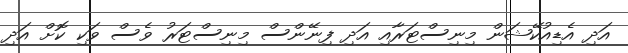
އަދި އެޑިއުކޭޝަން މިނިސްޓަރާއި އަދި ފިނޭންސް މިނިސްޓަރު ވެސް ވަކި ކޮށް އަދި